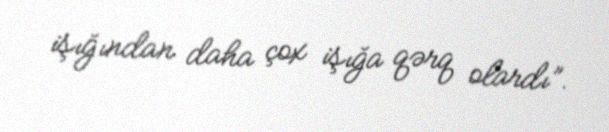
işığından daha çox işığa qərq olardı”.